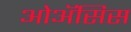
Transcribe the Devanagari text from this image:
ओॲसिस